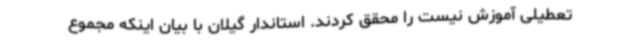
تعطیلی آموزش نیست را محقق کردند. استاندار گیلان با بیان اینکه مجموع